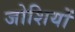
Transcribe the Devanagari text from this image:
जोशियों